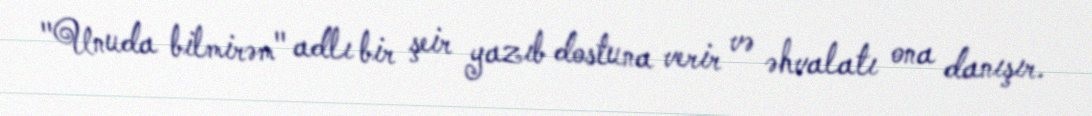
"Unuda bilmirəm" adlı bir şeir yazıb dostuna verir və əhvalatı ona danışır.